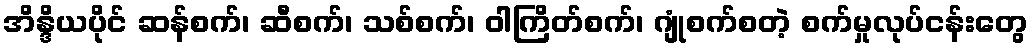
အိန္ဒိယပိုင် ဆန်စက်၊ ဆီစက်၊ သစ်စက်၊ ဝါကြိတ်စက်၊ ဂျုံစက်စတဲ့ စက်မှုလုပ်ငန်းတွေ